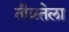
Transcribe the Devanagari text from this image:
तीव्रतेला